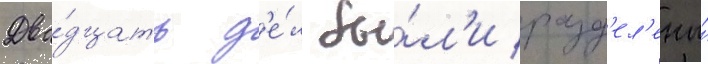
Два́дцать д'е́л бы́л'и разд'ел'ены́